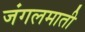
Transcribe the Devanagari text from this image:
जंगलमाती